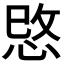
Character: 𢚓